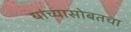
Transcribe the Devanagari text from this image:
यांच्यासोबतचा